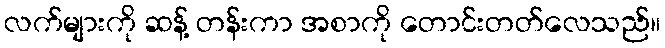
လက်များကို ဆန့် တန်းကာ အစာကို တောင်းတတ်လေသည်။